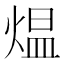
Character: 煴